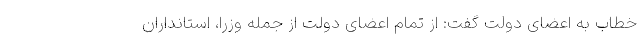
خطاب به اعضای دولت گفت: از تمام اعضای دولت از جمله وزرا، استانداران